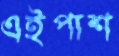
এইপাশ